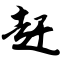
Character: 赶